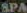
SPA